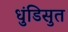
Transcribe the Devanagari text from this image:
धुंडिसुत